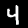
Digit: 4